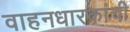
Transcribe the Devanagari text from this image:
वाहनधारकांची